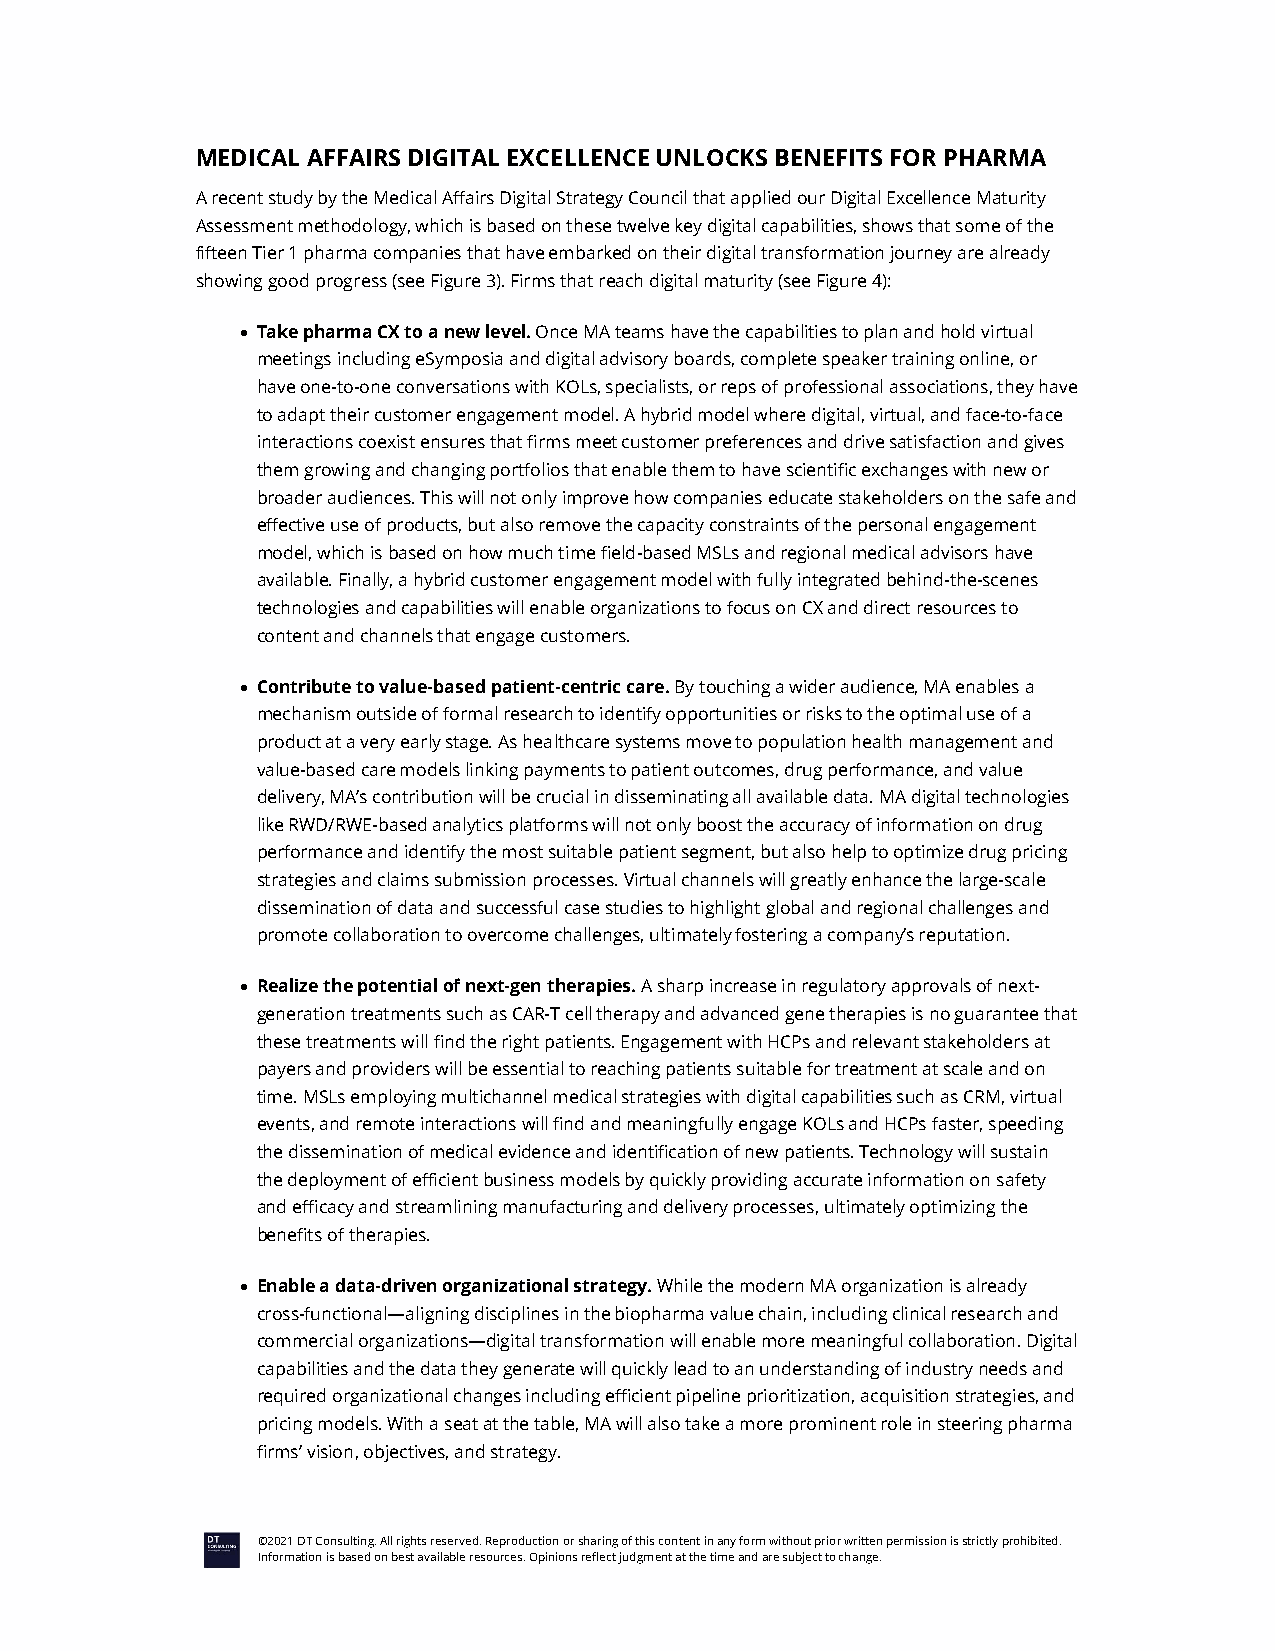
MEDICAL AFFAIRS DIGITAL EXCELLENCE UNLOCKS BENEFITS FOR PHARMA
 A recent study by the Medical Affairs Digital Strategy Council that applied our Digital Excellence Maturity
 Assessment methodology, which is based on these twelve key digital capabilities, shows that some of the
 fifteen Tier 1 pharma companies that have embarked on their digital transformation journey are already
 showing good progress (see Figure 3). Firms that reach digital maturity (see Figure 4):
  Take pharma CX to a new level. Once MA teams have the capabilities to plan and hold virtual
 meetings including eSymposia and digital advisory boards, complete speaker training online, or
 have one-to-one conversations with KOLs, specialists, or reps of professional associations, they have
 to adapt their customer engagement model. A hybrid model where digital, virtual, and face-to-face
 interactions coexist ensures that firms meet customer preferences and drive satisfaction and gives
 them growing and changing portfolios that enable them to have scientific exchanges with new or
 broader audiences. This will not only improve how companies educate stakeholders on the safe and
 effective use of products, but also remove the capacity constraints of the personal engagement
 model, which is based on how much time field-based MSLs and regional medical advisors have
 available. Finally, a hybrid customer engagement model with fully integrated behind-the-scenes
 technologies and capabilities will enable organizations to focus on CX and direct resources to
 content and channels that engage customers.
  Contribute to value-based patient-centric care. By touching a wider audience, MA enables a
 mechanism outside of formal research to identify opportunities or risks to the optimal use of a
 product at a very early stage. As healthcare systems move to population health management and
 value-based care models linking payments to patient outcomes, drug performance, and value
 delivery, MA’s contribution will be crucial in disseminating all available data. MA digital technologies
 like RWD/RWE-based analytics platforms will not only boost the accuracy of information on drug
 performance and identify the most suitable patient segment, but also help to optimize drug pricing
 strategies and claims submission processes. Virtual channels will greatly enhance the large-scale
 dissemination of data and successful case studies to highlight global and regional challenges and
 promote collaboration to overcome challenges, ultimately fostering a company’s reputation.
  Realize the potential of next-gen therapies. A sharp increase in regulatory approvals of next-
 generation treatments such as CAR-T cell therapy and advanced gene therapies is no guarantee that
 these treatments will find the right patients. Engagement with HCPs and relevant stakeholders at
 payers and providers will be essential to reaching patients suitable for treatment at scale and on
 time. MSLs employing multichannel medical strategies with digital capabilities such as CRM, virtual
 events, and remote interactions will find and meaningfully engage KOLs and HCPs faster, speeding
 the dissemination of medical evidence and identification of new patients. Technology will sustain
 the deployment of efficient business models by quickly providing accurate information on safety
 and efficacy and streamlining manufacturing and delivery processes, ultimately optimizing the
 benefits of therapies.
  Enable a data-driven organizational strategy. While the modern MA organization is already
 cross-functional—aligning disciplines in the biopharma value chain, including clinical research and
 commercial organizations—digital transformation will enable more meaningful collaboration. Digital
 capabilities and the data they generate will quickly lead to an understanding of industry needs and
 required organizational changes including efficient pipeline prioritization, acquisition strategies, and
 pricing models. With a seat at the table, MA will also take a more prominent role in steering pharma
 firms’ vision, objectives, and strategy.
 ©2021 DT Consulting. All rights reserved. Reproduction or sharing of this content in any form without prior written permission is strictly prohibited.
 Information is based on best available resources. Opinions reflect judgment at the time and are subject to change.